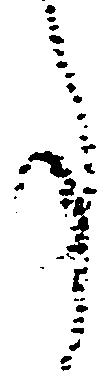
事